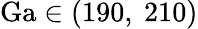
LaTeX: \mathrm{Ga}\in(190,~210)